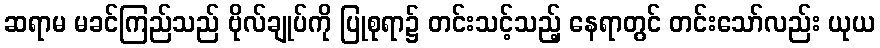
ဆရာမ မခင်ကြည်သည် ဗိုလ်ချုပ်ကို ပြုစုရာ၌ တင်းသင့်သည့် နေရာတွင် တင်းသော်လည်း ယုယ